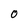
Character: 0